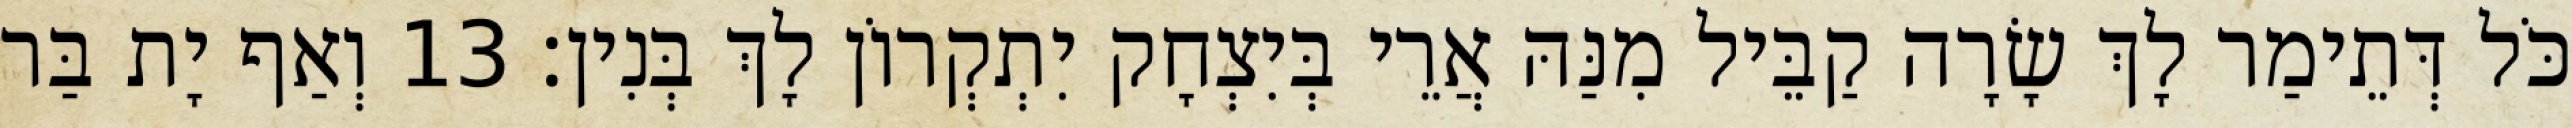
כֹּל דְּתֵימַר לָךְ שָׂרָה קַבֵּיל מִנַּהּ אֲרֵי בְּיִצְחָק יִתְקְרוֹן לָךְ בְּנִין׃ 13 וְאַף יָת בַּר